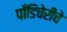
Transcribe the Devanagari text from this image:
पाँडिचेरीचे